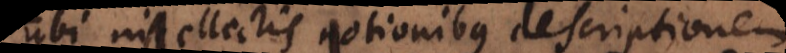
ubi intellectis notionibus descriptionem